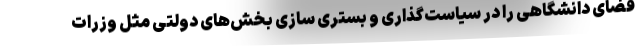
فضای دانشگاهی را در سیاست‌گذاری و بستری سازی بخش‌های دولتی مثل وزرات